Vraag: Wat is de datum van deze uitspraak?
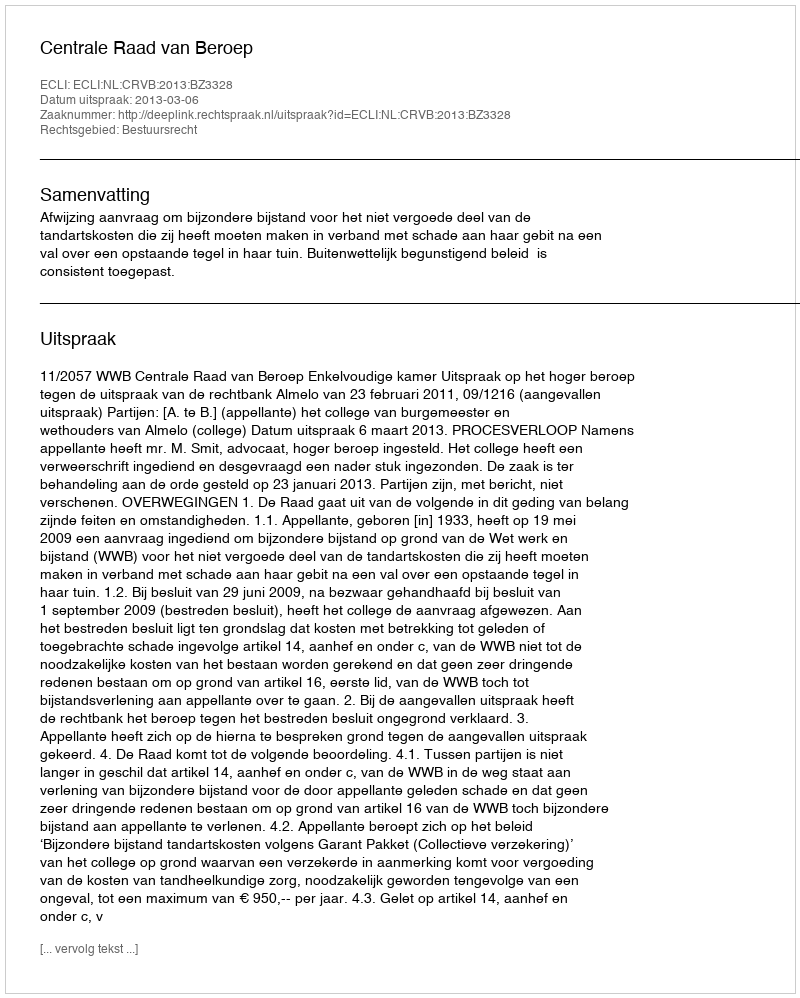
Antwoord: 2013-03-06